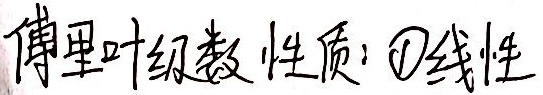
傅里叶级数性质：\(\textcircled{1}\)线性